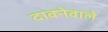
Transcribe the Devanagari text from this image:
दाबनेवाले